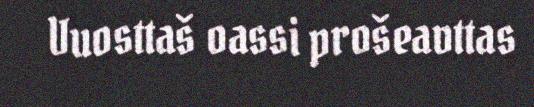
Vuosttaš oassi prošeavttas